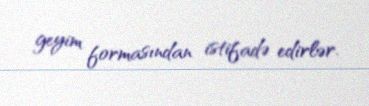
geyim formasından istifadə edirlər.